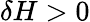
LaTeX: \delta H>0